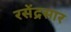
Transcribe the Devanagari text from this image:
रसेंद्रसार